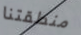
منطقتنا